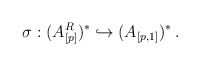
\begin{align*} \sigma: (A_{[p]}^R)^* \hookrightarrow (A_{[p,1]})^*\,.\end{align*}